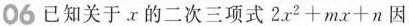
06 已知关于 x 的二次三项式$$2 x ^ { 2 } + m x + n$$因